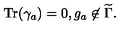
\mathrm { T r } ( \gamma _ { a } ) = 0 , g _ { a } \not \in { \widetilde \Gamma } .